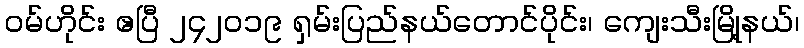
ဝမ်ဟိုင်း ဧပြီ ၂၄၂၀၁၉ ရှမ်းပြည်နယ်တောင်ပိုင်း၊ ကျေးသီးမြို့နယ်၊